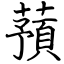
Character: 蕷